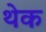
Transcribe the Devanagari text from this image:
थेक